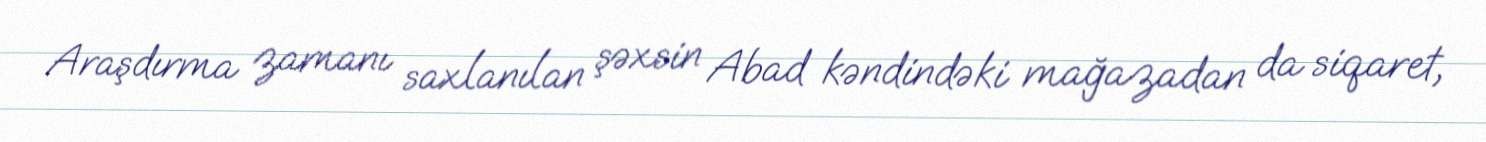
Araşdırma zamanı saxlanılan şəxsin Abad kəndindəki mağazadan da siqaret,